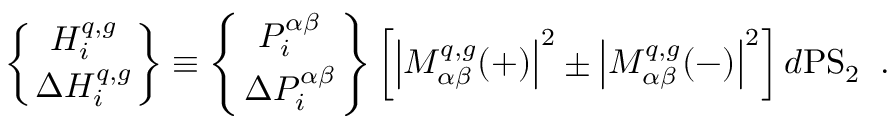
\left\{ H _ { i } ^ { q , g } \atop \Delta H _ { i } ^ { q , g } \right\} \equiv \left\{ P _ { i } ^ { \alpha \beta } \atop \Delta P _ { i } ^ { \alpha \beta } \right\} \left[ \left| { \cal { M } } _ { \alpha \beta } ^ { q , g } ( + ) \right| ^ { 2 } \pm \left| { \cal { M } } _ { \alpha \beta } ^ { q , g } ( - ) \right| ^ { 2 } \right] d { \mathrm { P S } } _ { 2 } \; \; .